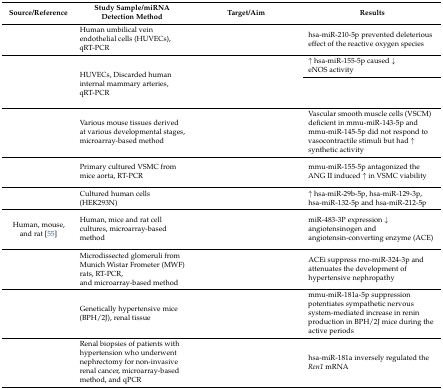
<table><thead><tr><td><b>Source/Reference</b></td><td><b>Study Sample/miRNA Detection Method</b></td><td><b>Target/Aim</b></td><td><b>Results</b></td></tr></thead><tbody><tr><td>[EMPTY_CELL]</td><td>Human umbilical vein endothelial cells (HUVECs), qRT-PCR</td><td>[EMPTY_CELL]</td><td>hsa-miR-210-5p prevented deleterious effect of the reactive oxygen species</td></tr><tr><td rowspan="2">[EMPTY_CELL]</td><td rowspan="2">HUVECs, Discarded human internal mammary arteries, qRT-PCR</td><td rowspan="2">[EMPTY_CELL]</td><td>↑ hsa-miR-155-5p caused ↓ eNOS activity</td></tr><tr><td>[EMPTY_CELL]</td></tr><tr><td>[EMPTY_CELL]</td><td>Various mouse tissues derived at various developmental stages, microarray-based method</td><td>[EMPTY_CELL]</td><td>Vascular smooth muscle cells (VSCM) deficient in mmu-miR-143-5p and mmu-miR-145-5p did not respond to vasocontractile stimuli but had ↑ synthetic activity</td></tr><tr><td>[EMPTY_CELL]</td><td>Primary cultured VSMC from mice aorta, RT-PCR</td><td>[EMPTY_CELL]</td><td>mmu-miR-155-5p antagonized the ANG II induced ↑ in VSMC viability</td></tr><tr><td>[EMPTY_CELL]</td><td>Cultured human cells (HEK293N)</td><td>[EMPTY_CELL]</td><td>↑ hsa-miR-29b-5p, hsa-miR-129-3p, hsa-miR-132-5p and hsa-miR-212-5p</td></tr><tr><td>Human, mouse, and rat [55]</td><td>Human, mice and rat cell cultures, microarray-based method</td><td>[EMPTY_CELL]</td><td>miR-483-3P expression ↓ angiotensinogen and angiotensin-converting enzyme (ACE)</td></tr><tr><td>[EMPTY_CELL]</td><td>Microdissected glomeruli from Munich Wistar Frometer (MWF) rats, RT-PCR, and microarray-based method</td><td>[EMPTY_CELL]</td><td>ACEi suppress rno-miR-324-3p and attenuates the development of hypertensive nephropathy</td></tr><tr><td>[EMPTY_CELL]</td><td>Genetically hypertensive mice (BPH/2J), renal tissue</td><td>[EMPTY_CELL]</td><td>mmu-miR-181a-5p suppression potentiates sympathetic nervous system-mediated increase in renin production in BPH/2J mice during the active periods</td></tr><tr><td>[EMPTY_CELL]</td><td>Renal biopsies of patients with hypertension who underwent nephrectomy for non-invasive renal cancer, microarray-based method, and qPCR</td><td>[EMPTY_CELL]</td><td>hsa-miR-181a inversely regulated the <i>Ren1</i> mRNA</td></tr></tbody></table>